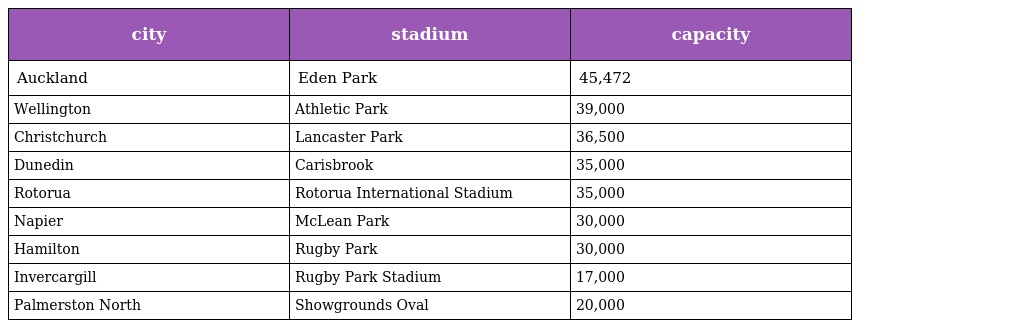
| city | stadium | capacity |
 | --- | --- | --- |
 | Auckland | Eden Park | 45,472 |
 | Wellington | Athletic Park | 39,000 |
 | Christchurch | Lancaster Park | 36,500 |
 | Dunedin | Carisbrook | 35,000 |
 | Rotorua | Rotorua International Stadium | 35,000 |
 | Napier | McLean Park | 30,000 |
 | Hamilton | Rugby Park | 30,000 |
 | Invercargill | Rugby Park Stadium | 17,000 |
 | Palmerston North | Showgrounds Oval | 20,000 |